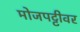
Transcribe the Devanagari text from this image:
मोजपट्टीवर